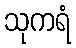
သုကရံ